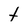
Character: t